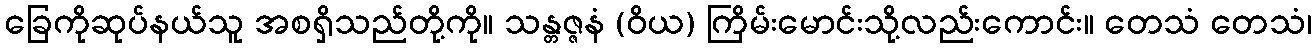
ခြေကိုဆုပ်နယ်သူ အစရှိသည်တို့ကို။ သန္တဇ္ဇနံ (ဝိယ) ကြိမ်းမောင်းသို့လည်းကောင်း။ တေသံ တေသံ၊